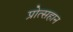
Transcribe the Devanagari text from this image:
प्रोत्सहान